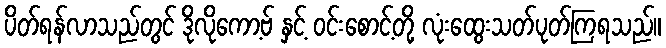
ပိတ်ရန်လာသည်တွင် ဒိုလိုကော့ဗ် နှင့် ဝင်းစောင့်တို့ လုံးထွေးသတ်ပုတ်ကြရသည်။